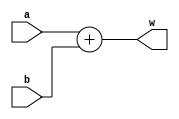
`timescale 1ns/1ns            


module ALU1(input[15:0] a, b, output[15:0] w);
  assign w = a + b;
endmodule



module ALU2(input[15:0] a, b, input[3:0] aluOp, output reg[15:0] w);
  always@(*) begin
    case (aluOp)
      0000: w <= b; //move
      0001: w <= a + b; //add
      0010: w <= a - b; //sub
      0011: w <= a & b; //and
      0100: w <= a | b; //or
      0101: w <= ~a; //not
      0110: begin end //nop
      0111: w <= a + b; //addi
      1000: w <= a - b; //subi
      1001: w <= a & b; //andi
      1010: w <= a | b; //ori
    endcase
  end
endmodule











module ALU2TB();
   reg[15:0] a, b;
   reg[3:0] aluOp;
   wire[15:0] w;
   
   ALU2 a2(a, b, aluOp, w);
   
   initial begin
     #10 a = 16'b0;
     b = 16'b0000000000000111;
     aluOp = 0001;
     
     #40 aluOp = 0010;
     b = 16'b0;
     a = 16'b0000000000000111;
   end

endmodule